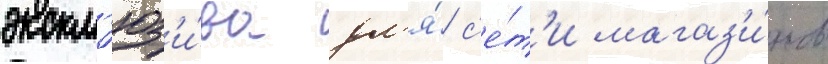
экскл'юз'и́ва дл'я́ с'е́т'и магаз'и́нов